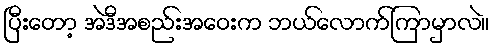
ပြီးတော့ အဲဒီအစည်းအဝေးက ဘယ်လောက်ကြာမှာလဲ။